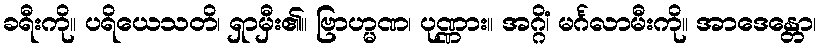
ခရီးကို။ ပရိယေသတိ၊ ရှာမှီး၏။ ဗြာဟ္မဏ၊ ပုဏ္ဏား။ အဂ္ဂိံ၊ မင်္ဂလာမီးကို။ အာဒေန္တော၊